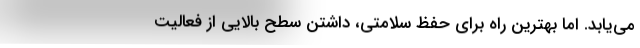
می‌یابد. اما بهترین راه برای حفظ سلامتی، داشتن سطح بالایی از فعالیت